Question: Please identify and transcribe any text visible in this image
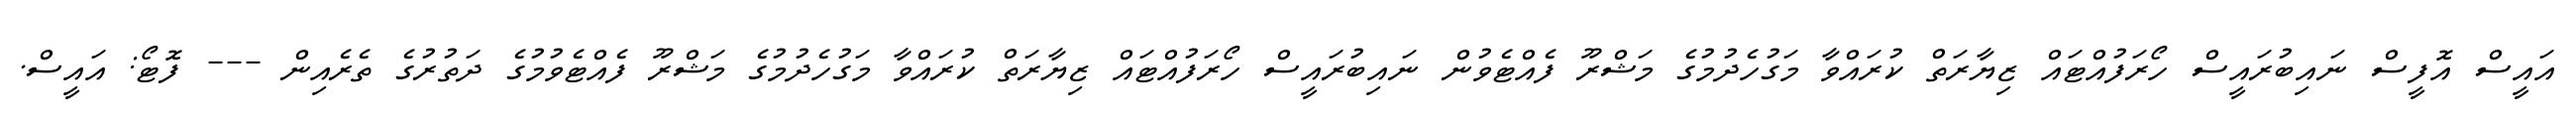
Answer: އައީސް އޮފީސް ނައިބުރައީސް ހޯރަފުއްޓައް ޒިޔާރަތް ކުރައްވާ މަގުހެދުމުގެ މަޝްރޫ ފެއްޓެވުން ނައިބުރައީސް ހޯރަފުއްޓައް ޒިޔާރަތް ކުރައްވާ މަގުހެދުމުގެ މަޝްރޫ ފެއްޓެވުމުގެ ދަތުރުގެ ތެރެއިން --- ފޮޓޯ: އައީސް.